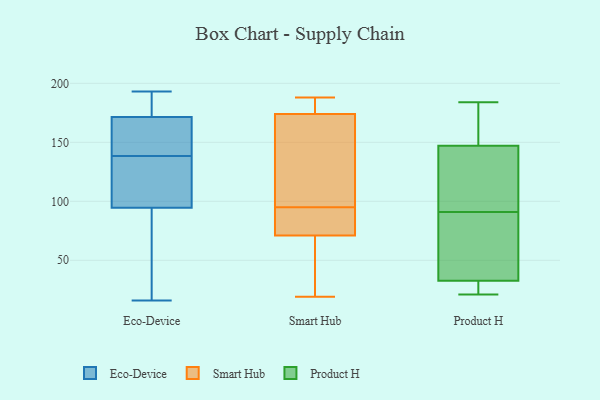
{"axis": {"x": "Budget (USD K)", "y": "Value"}, "legend": ["Eco-Device", "Product H", "Smart Hub"], "data": [{"x": "", "y": 16, "type": "Eco-Device"}, {"x": "", "y": 184, "type": "Eco-Device"}, {"x": "", "y": 118, "type": "Eco-Device"}, {"x": "", "y": 59, "type": "Eco-Device"}, {"x": "", "y": 172, "type": "Eco-Device"}, {"x": "", "y": 125, "type": "Eco-Device"}, {"x": "", "y": 90, "type": "Eco-Device"}, {"x": "", "y": 145, "type": "Eco-Device"}, {"x": "", "y": 172, "type": "Eco-Device"}, {"x": "", "y": 165, "type": "Eco-Device"}, {"x": "", "y": 179, "type": "Eco-Device"}, {"x": "", "y": 25, "type": "Eco-Device"}, {"x": "", "y": 115, "type": "Eco-Device"}, {"x": "", "y": 193, "type": "Eco-Device"}, {"x": "", "y": 96, "type": "Eco-Device"}, {"x": "", "y": 140, "type": "Eco-Device"}, {"x": "", "y": 137, "type": "Eco-Device"}, {"x": "", "y": 169, "type": "Eco-Device"}, {"x": "", "y": 171, "type": "Eco-Device"}, {"x": "", "y": 93, "type": "Eco-Device"}, {"x": "", "y": 166, "type": "Smart Hub"}, {"x": "", "y": 19, "type": "Smart Hub"}, {"x": "", "y": 93, "type": "Smart Hub"}, {"x": "", "y": 72, "type": "Smart Hub"}, {"x": "", "y": 174, "type": "Smart Hub"}, {"x": "", "y": 97, "type": "Smart Hub"}, {"x": "", "y": 188, "type": "Smart Hub"}, {"x": "", "y": 80, "type": "Smart Hub"}, {"x": "", "y": 181, "type": "Smart Hub"}, {"x": "", "y": 71, "type": "Smart Hub"}, {"x": "", "y": 184, "type": "Smart Hub"}, {"x": "", "y": 21, "type": "Smart Hub"}, {"x": "", "y": 26, "type": "Smart Hub"}, {"x": "", "y": 21, "type": "Smart Hub"}, {"x": "", "y": 152, "type": "Smart Hub"}, {"x": "", "y": 90, "type": "Smart Hub"}, {"x": "", "y": 124, "type": "Smart Hub"}, {"x": "", "y": 184, "type": "Smart Hub"}, {"x": "", "y": 30, "type": "Product H"}, {"x": "", "y": 91, "type": "Product H"}, {"x": "", "y": 147, "type": "Product H"}, {"x": "", "y": 149, "type": "Product H"}, {"x": "", "y": 29, "type": "Product H"}, {"x": "", "y": 81, "type": "Product H"}, {"x": "", "y": 75, "type": "Product H"}, {"x": "", "y": 122, "type": "Product H"}, {"x": "", "y": 178, "type": "Product H"}, {"x": "", "y": 145, "type": "Product H"}, {"x": "", "y": 21, "type": "Product H"}, {"x": "", "y": 184, "type": "Product H"}, {"x": "", "y": 41, "type": "Product H"}, {"x": "", "y": 68, "type": "Product H"}, {"x": "", "y": 28, "type": "Product H"}, {"x": "", "y": 147, "type": "Product H"}, {"x": "", "y": 101, "type": "Product H"}, {"x": "", "y": 180, "type": "Product H"}, {"x": "", "y": 22, "type": "Product H"}]}